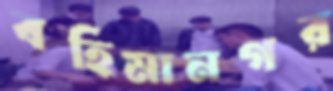
বহিমানগর